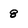
Character: 8